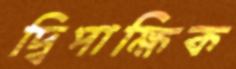
দ্বিপাক্ষিক